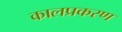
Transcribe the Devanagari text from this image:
कालप्रकरण